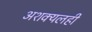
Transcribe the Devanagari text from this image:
अशक्यलही